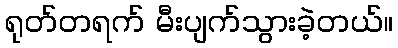
ရုတ်တရက် မီးပျက်သွားခဲ့တယ်။